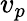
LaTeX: v_{p}